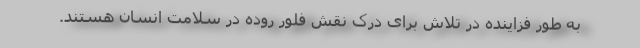
به طور فزاینده در تلاش برای درک نقش فلور روده در سلامت انسان هستند.